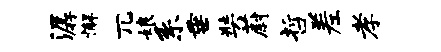
潺懈兀娘系垂奘蔚哲差孝